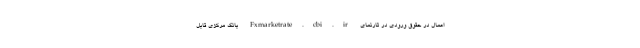
اعمال در حقوق ورودی در تارنمای Fxmarketrate.cbi.ir بانک مرکزی قابل